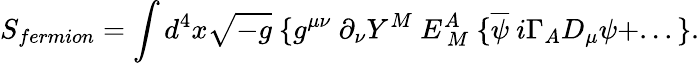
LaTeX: S_{fermion}=\int d^{4}x\sqrt{-g}~\{ g^{\mu\nu}~\partial_{\nu}Y^{M}~E_{~M}^{A}~\{ \overline{{{\psi}}}~i\Gamma_{A}D_{\mu}\psi+...\} .